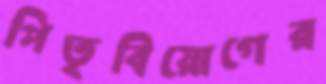
পিতৃবিয়োগের